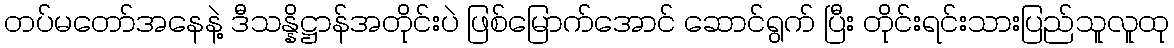
တပ်မတော်အနေနဲ့ ဒီသန္နိဋ္ဌာန်အတိုင်းပဲ ဖြစ်မြောက်အောင် ဆောင်ရွက် ပြီး တိုင်းရင်းသားပြည်သူလူထု